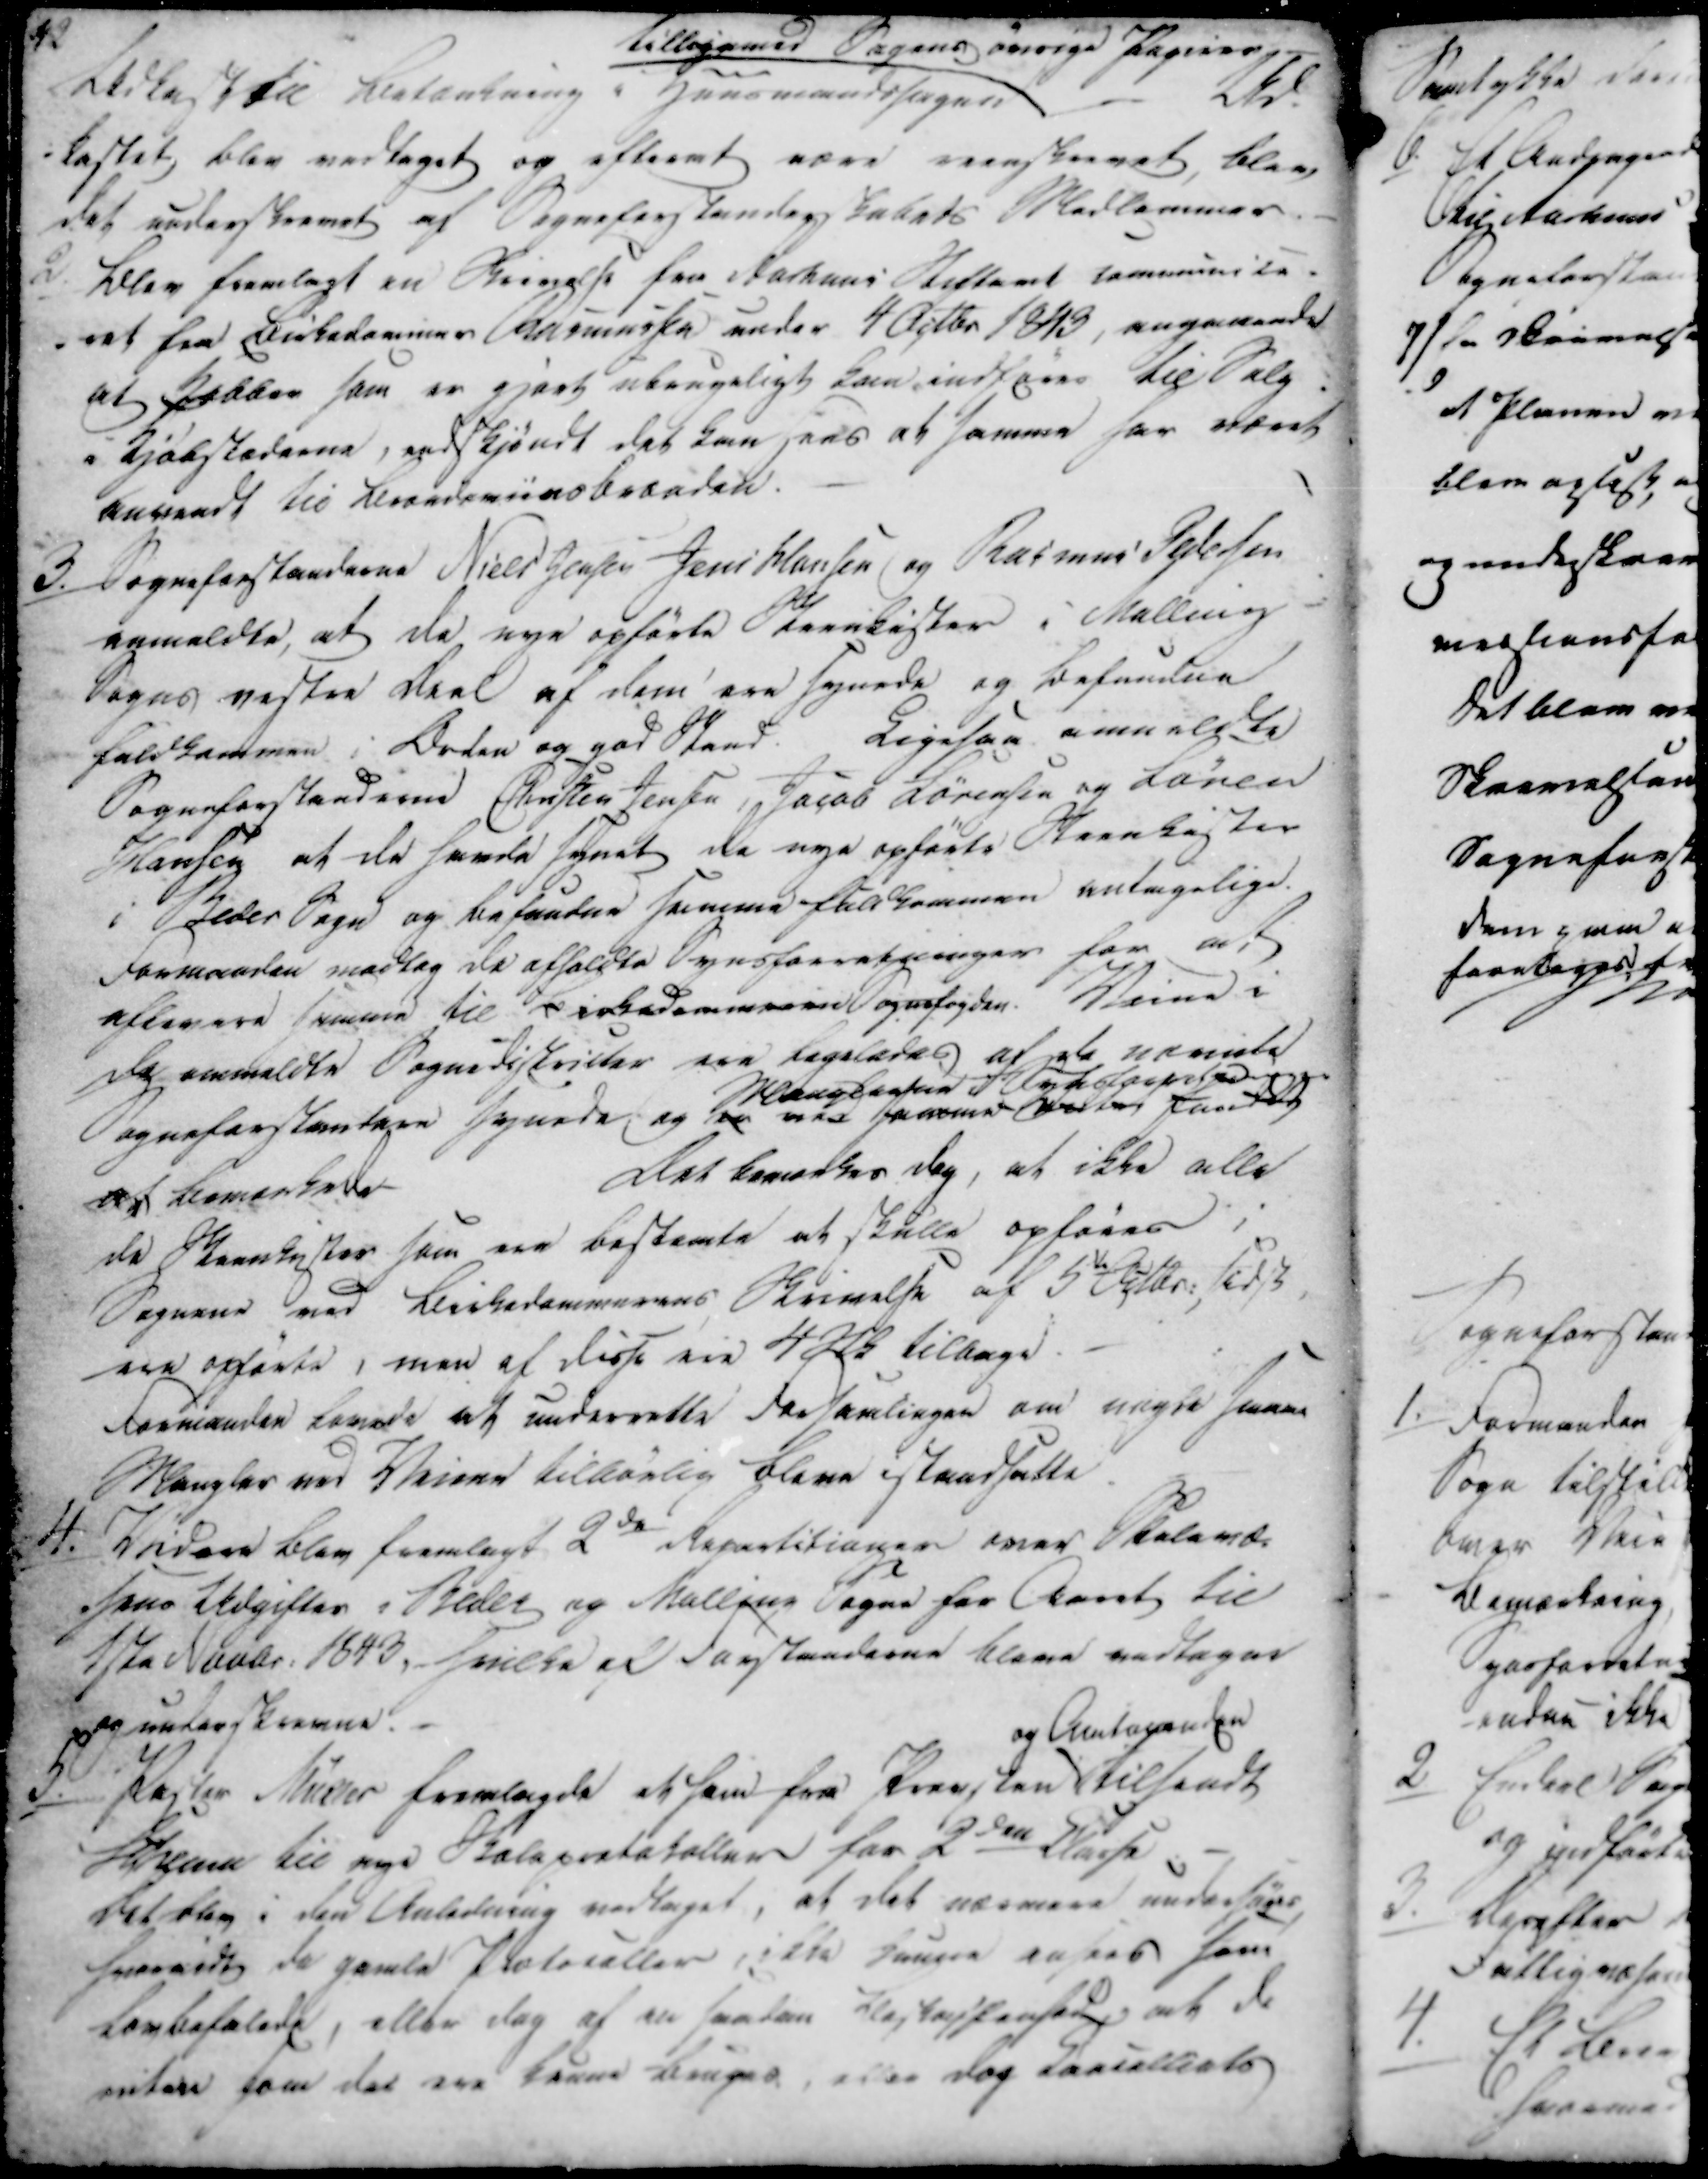
Transskription:
Ledtesk til Betænkning i Huusmandssagen tilligemed Sagens øvrige Papirer
Ud-
kastet blev vedtaget og afteemt være reenskrevet, blev
det underskrevet af Sogneforstanderskabets Medlemmer.

2./

Blev fremlagt en Skrivelse fra Aarhus Stiftamt communes-
ret fra Birkedommer Rasmussen under 4 Octbr 1843, angaaende
at Hækken som er gjort ubrugeligt kan indfares til Valg
i Kjøbstæderne, endskjøndt det kan Fins at samme har været
baseedt til Berandersinobræaden.

3./

Sogneforstanderne Niels Jensen Jens Hansen og Rasmus Pedersen
anmeldte, at de nye opførte Steenkister i Malling
Sogns vestre Deel af dem saa synede og befundne
fuldkommen i Orden og god Stand. Ligesaa anmeldte
Sogneforstanderne Christen Jensen, Jacob Sørensen og Søren
Hansen at de havde synet de nye opførte Steenkister
i Beder Sogn og befunden samme fuldkommen antagelige.
Formanden modtog de affældte Synsforretninger for at
aflevere samme til Birkedomm... Sognefogden. Veine i
de anmeldte Sognedistrikter saa ligeledes af de nævnte
Sogneforstandere synede og er var samme ...
at bemærkede
Det bemærkes dog, at ikke alle
de Steenkister som ere bestemte at skulle opføres i
Sognene ved Birkedommerens Skrivelse af 5de Octbr., sidst
ere opførte, men af disse ere 4 Stk tilbage.
Formanden lovede at underrette forsamlingen om angde samme
Mangler ved Veiene tilkønlig bleve istandsatte

4.

Videre blev fremlagt 2de Repretitioner over Skolevæ-
sens Udgifter i Beder og Malling Sogne for Aaret til
1ste Novbr. 1843, hvilke af Forstanderne bleve vedtagen
og underskrevne.

5.

Pastor Müller fremlagde eksom fra Præsten
og Amtageden
tilsendt
Skema til nye Skoleprotokoller for 2den Klasse.
Det blev i den Anledning vedtaget, at det nærmere undersøges,
hvorvidt de gamle Protokoller, ikke længere ansees som
Lovbefalede, eller dog af en saadan kleskopfansed at de
enten som der ere kunne bruges, eller dog Larialleats